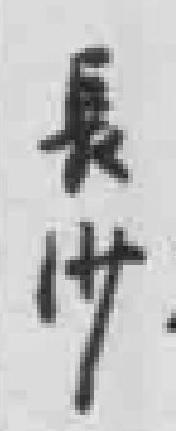
長沙